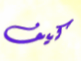
كيف